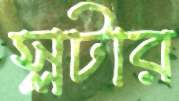
স্লটার